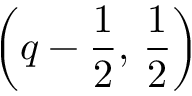
\left( q - \frac { 1 } { 2 } , \thinspace \frac { 1 } { 2 } \right)